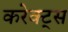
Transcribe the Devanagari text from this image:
करेक्ट्स